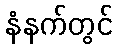
နံနက်တွင်